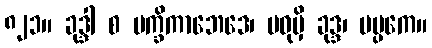
၈၂၁။ ခုဒ္ဒါ စ မက္ခိကာဘေဒေ၊ မဓုမှိ ခုဒ္ဒ၊ မပ္ပကေ။